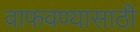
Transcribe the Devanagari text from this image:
वाफवण्यासाठी